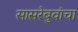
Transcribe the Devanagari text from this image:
सासरेबुवांचा